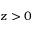
z > 0